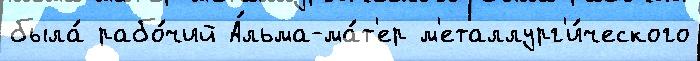
была́ рабо́чий А́льма-ма́т'ер м'еталлург'и́ческого